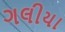
ગલીયા